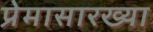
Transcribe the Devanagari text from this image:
प्रेमासारख्या